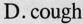
D.cough